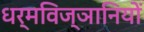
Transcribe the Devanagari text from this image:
धर्मविज्ञानियों